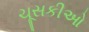
ચૂસકીઓ